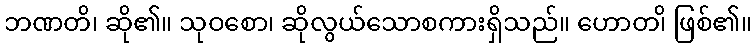
ဘဏတိ၊ ဆို၏။ သုဝစော၊ ဆိုလွယ်သောစကားရှိသည်။ ဟောတ၊ိ ဖြစ်၏။